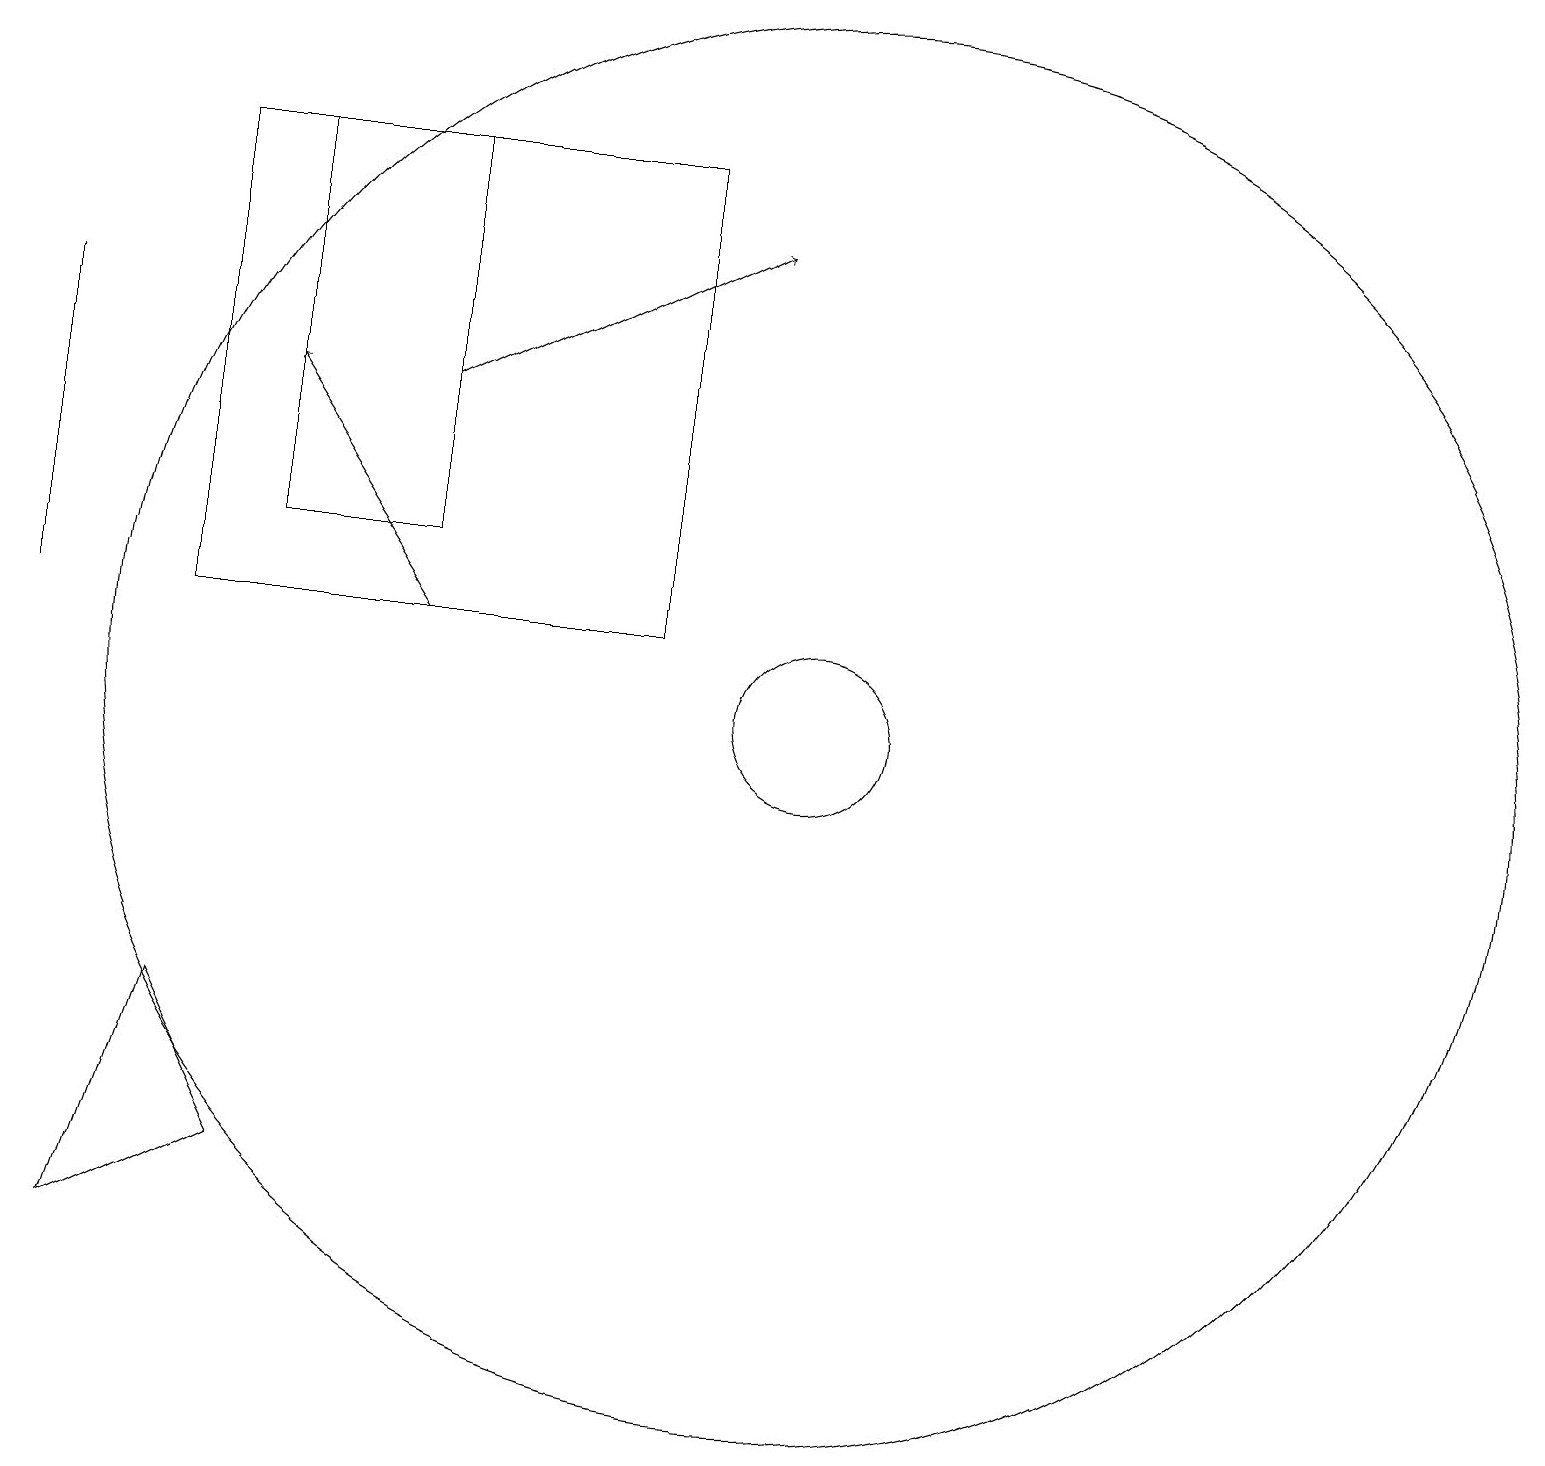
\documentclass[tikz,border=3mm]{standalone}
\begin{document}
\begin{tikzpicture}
\draw[->] (5,11) -- (3,14);
\draw[->] (5,14) -- (9,16);
\draw (10,10) circle (9);
\draw (0,15) rectangle (0,11);
\draw (1,3) -- (3,4) -- (2,6) -- cycle;
\draw (2,17) rectangle (8,11);
\draw (10,10) circle (1);
\draw (3,17) rectangle (5,12);
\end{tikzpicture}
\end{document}